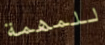
للمهمة